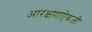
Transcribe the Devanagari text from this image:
आरक्षणाऐवजी